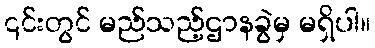
၎င်းတွင် မည်သည့်ဌာနခွဲမှ မရှိပါ။